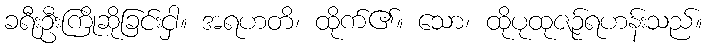
ခရီးဦးကြိုဆိုခြင်းငှါ။ အရဟတိ၊ ထိုက်၏။ သော၊ ထိုပုထုဇဉ်ရဟန်းသည်။